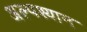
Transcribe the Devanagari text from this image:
अल्पश्यान